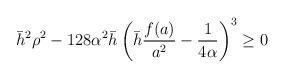
LaTeX: \begin{align*}\bar{h}^2 \rho^2-128 \alpha^2 \bar{h} \left( \bar{h} \frac{f(a)}{a^2}-\frac{1}{4 \alpha} \right)^3 \geq 0\end{align*}